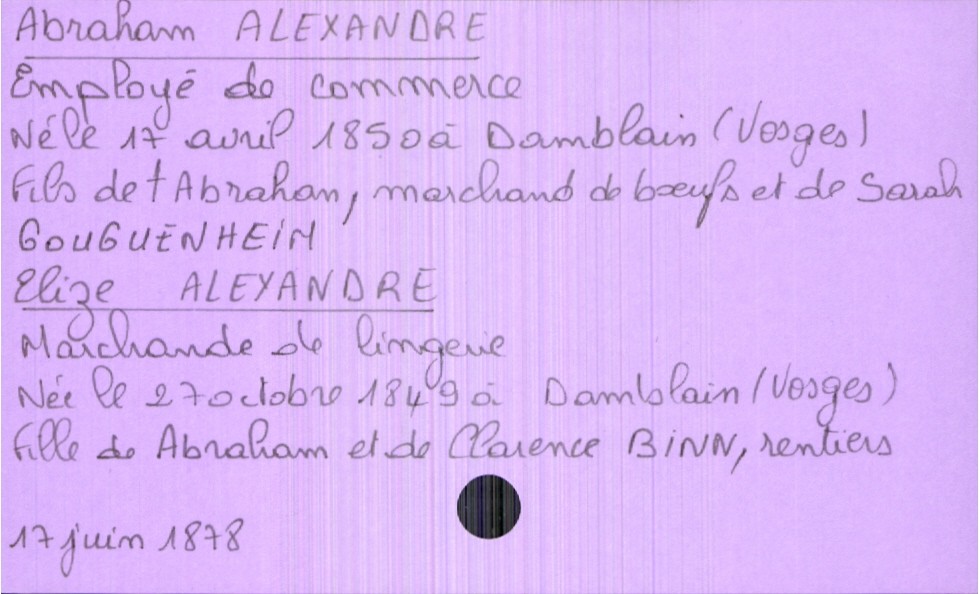
type_acte: Mariage
année: 1878
mois: juin
jour: 17
marié_nom: Alexandre
marié_prénom: Abraham
marié_profession: employé de commerce
marié_date_de_naissance: 17 avril 1850
marié_lieu_de_naissance: Damblain (Vosges)
père_marié_nom: Alexandre
père_marié_prénom: Abraham
père_marié_profession: marchand de boeufs
père_marié_statut: décédé
mère_marié_nom: Gouguenheim
mère_marié_prénom: Sarah
mariée_nom: Alexandre
mariée_prénom: Elize
mariée_profession: marchande de lingerie
mariée_date_de_naissance: 27 octobre 1849
mariée_lieu_de_naissance: Damblain (Vosges)
père_mariée_nom: Alexandre
père_mariée_prénom: Abraham
père_mariée_profession: rentier
mère_mariée_nom: Binn
mère_mariée_prénom: Clarence
mère_mariée_profession: rentier